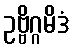
ဥဗ္ဗိဂ္ဂမိဒံ